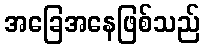
အခြေအနေဖြစ်သည်